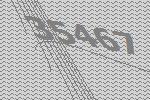
35467